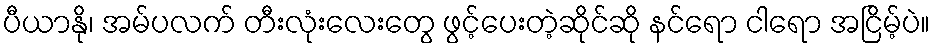
ပီယာနို၊ အမ်ပလက် တီးလုံးလေးတွေ ဖွင့်ပေးတဲ့ဆိုင်ဆို နင်ရော ငါရော အငြိမ့်ပဲ။